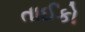
તાઈકો